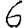
Digit: 6